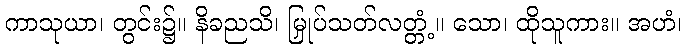
ကာသုယာ၊ တွင်း၌။ နိခညသိ၊ မြှုပ်သတ်လတ္တံ့။ သော၊ ထိုသူကား။ အဟံ၊